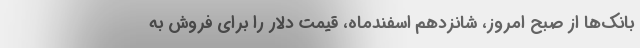
بانک‌ها از صبح امروز، شانزدهم اسفندماه، قیمت دلار را برای فروش به